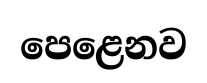
පෙළෙනව